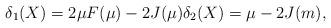
LaTeX: \begin{align*}\delta_1(X)=2\mu F(\mu)-2 J(\mu)\delta_2(X)=\mu-2J(m),\end{align*}